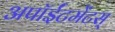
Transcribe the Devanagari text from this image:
अपॉईंटमेंटस्